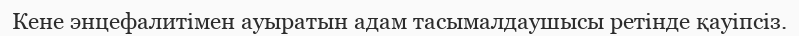
Кене энцефалитімен ауыратын адам тасымалдаушысы ретінде қауіпсіз.